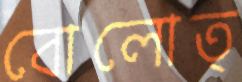
বোলোত্